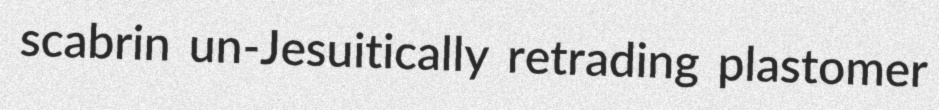
scabrin un-Jesuitically retrading plastomer